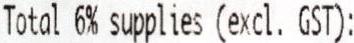
TOTAL 6% SUPPLIES (EXCL. GST):